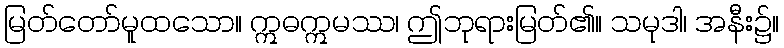
မြတ်တော်မူထသော။ ဣဓဣမဿ၊ ဤဘုရားမြတ်၏။ သမုဒါ၊ အနီး၌။